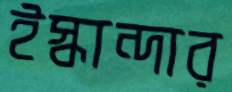
ইস্কান্দার